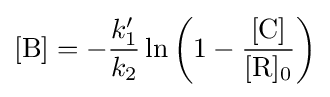
[{\ce {B}}]=-{\frac {k_{1}'}{k_{2}}}\ln \left(1-{\frac {\ce {[C]}}{\ce {[R]0}}}\right)